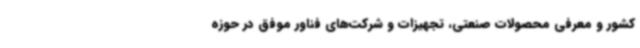
کشور و معرفی محصولات صنعتی، تجهیزات و شرکت‌های فناور موفق در حوزه